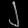
Digit: ၂